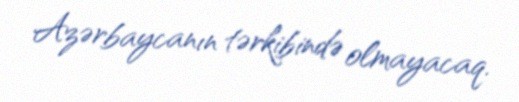
Azərbaycanın tərkibində olmayacaq.